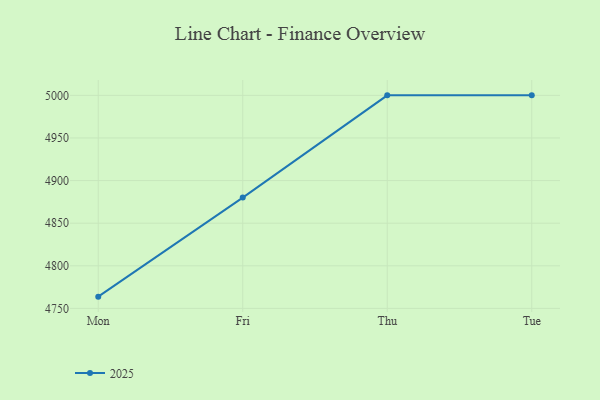
{"axis": {"x": "Day", "y": "LTV (USD)"}, "legend": ["2025"], "data": [{"x": "Mon", "y": 4763.8, "type": "2025"}, {"x": "Fri", "y": 4880.0, "type": "2025"}, {"x": "Thu", "y": 5000, "type": "2025"}, {"x": "Tue", "y": 5000, "type": "2025"}]}